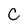
Character: C